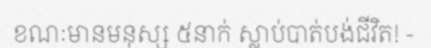
ខណៈមានមនុស្ស ៥នាក់ ស្លាប់បាត់បង់ជីវិត! -